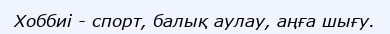
Хоббиі - спорт, балық аулау, аңға шығу.